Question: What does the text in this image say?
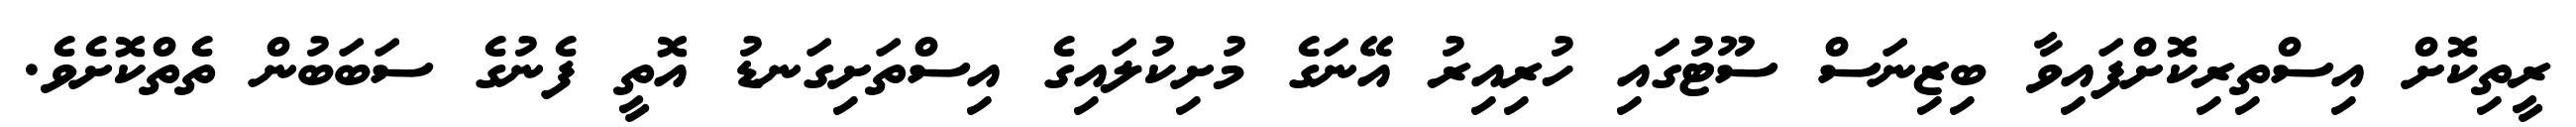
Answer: ރީތިކޮށް އިސްތިރިކޮށްފައިވާ ބިޒިނަސް ސޫޓުގައި ހުރިއިރު އޭނަގެ މުށިކުލައިގެ އިސްތަށިގަނޑު އޮތީ ފެނުގެ ސަބަބުން ތެތްކޮށެވެ.